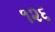
૧૨૬